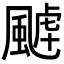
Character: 𩗸